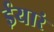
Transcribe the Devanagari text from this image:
ईयारं